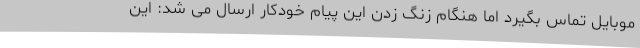
موبایل تماس بگیرد اما هنگام زنگ زدن این پیام خودکار ارسال می شد: این